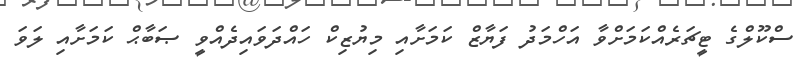
ސްކޫލްގެ ޓީޗަރެއްކަމަށްވާ އަހްމަދު ފަޔާޒް ކަމަށާއި މިޔުޒިކް ހައްދަވައިދެއްވީ ޞަބާޙް ކަމަށާއި ލަވަ